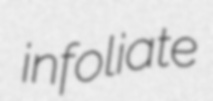
infoliate